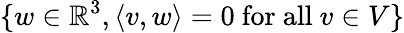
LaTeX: \{ w\in\mathbb{R}^{3},\langle v,w\rangle=0{\mathrm{~for~all~}}v\in V\}